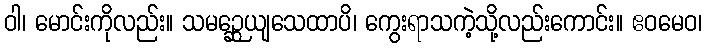
ဝါ၊ မောင်းကိုလည်း။ သမဉ္ဆေယျသေထာပိ၊ ကွေးရာသကဲ့သို့လည်းကောင်း။ ဧဝမေဝ၊